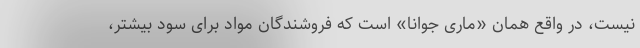
نیست، در واقع همان «ماری جوانا» است که فروشندگان مواد برای سود بیشتر،